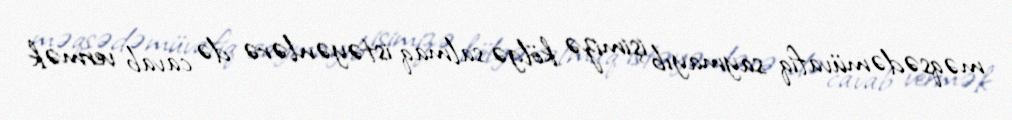
məqsədəmüvafiq saymayıb işimizə kölgə salmaq istəyənlərə də cavab vermək